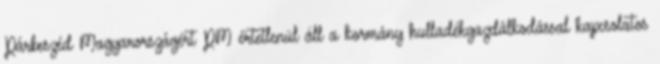
Párbeszéd Magyarországért PM értetlenül áll a kormány hulladékgazdálkodással kapcsolatos